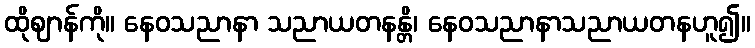
ထိုဈာန်ကို။ နေဝသညာနာ သညာယတနန္တိ၊ နေဝသညာနာသညာယတနဟူ၍။